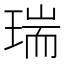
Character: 瑞